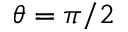
\theta = \pi / 2